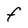
Character: F